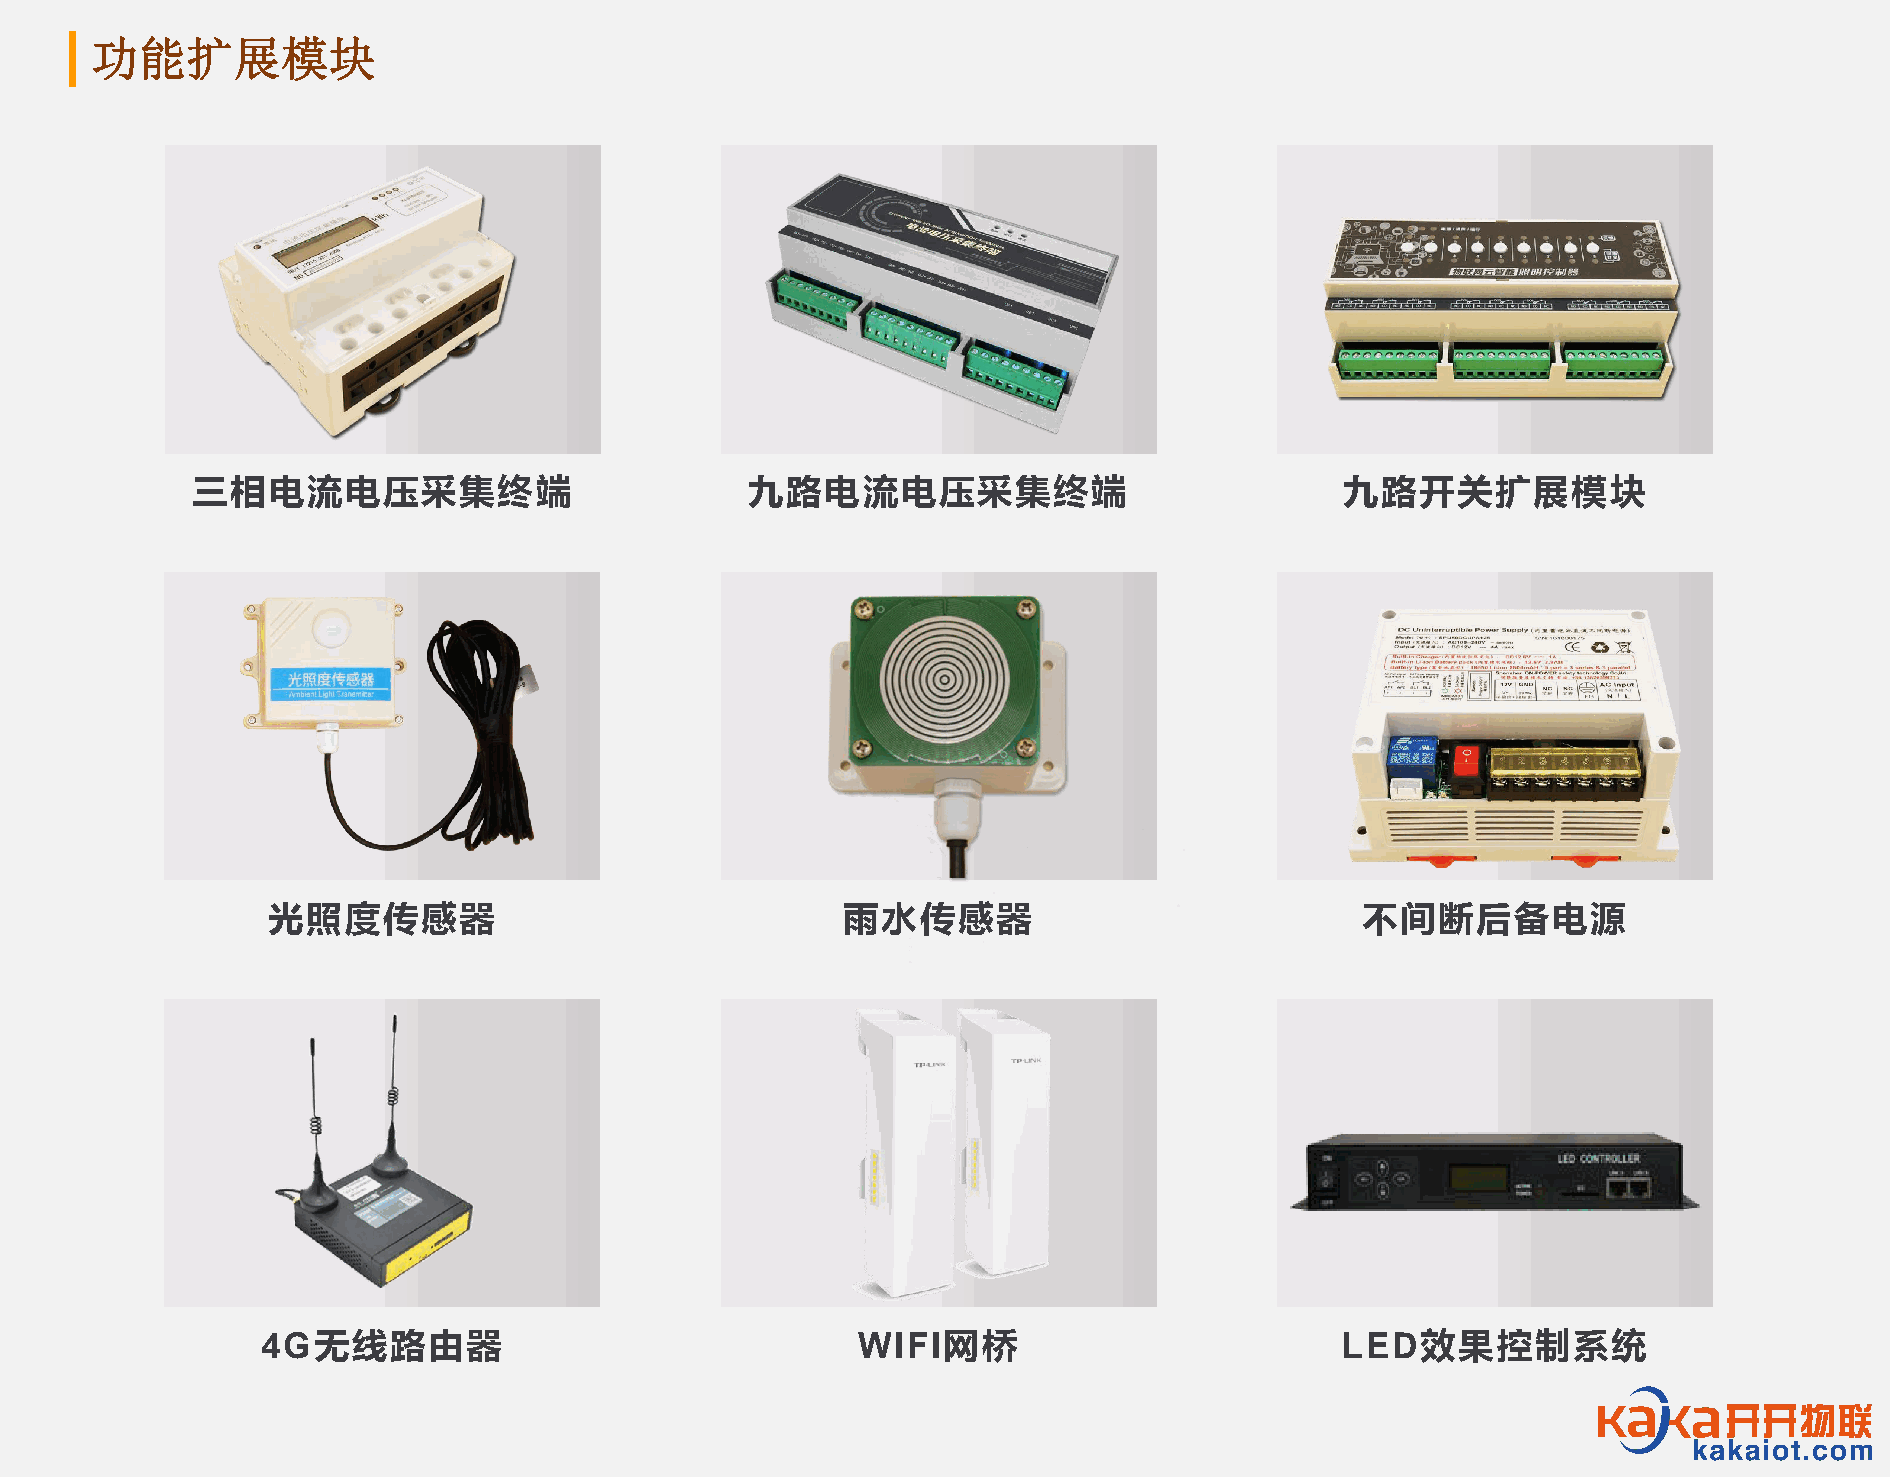
功能扩展模块
 三相电流电压采集终端                           九路电流电压采集终端                             九路开关扩展模块
 光照度传感器                                雨水传感器                             不间断后备电源
 4G无线路由器                                 WIFI网桥                          LED效果控制系统